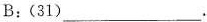
B:(31)___